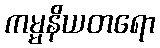
ကမ္မနိယတရော